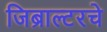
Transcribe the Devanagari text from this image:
जिब्राल्टरचे